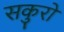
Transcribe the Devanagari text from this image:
सकुरो